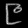
Digit: ၉